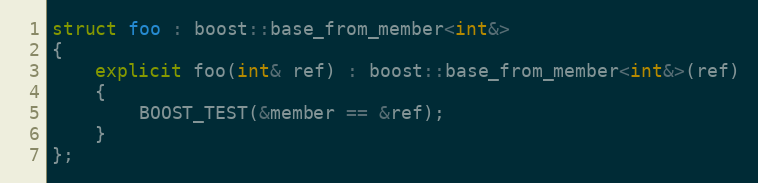
Language: C++
struct foo : boost::base_from_member<int&>
{
    explicit foo(int& ref) : boost::base_from_member<int&>(ref)
    {
        BOOST_TEST(&member == &ref);
    }
};